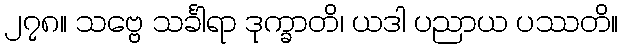
၂၇၈။ သဗ္ဗေ သင်္ခါရာ ဒုက္ခာတိ၊ ယဒါ ပညာယ ပဿတိ။